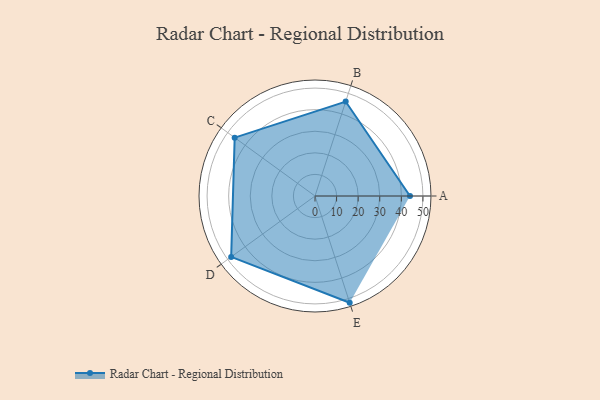
{"axis": {"x": "Skill", "y": "Score"}, "legend": ["Profile"], "data": [{"x": "A", "y": 44.0, "type": "Profile"}, {"x": "B", "y": 46.0, "type": "Profile"}, {"x": "C", "y": 46.0, "type": "Profile"}, {"x": "D", "y": 48.0, "type": "Profile"}, {"x": "E", "y": 52.0, "type": "Profile"}]}